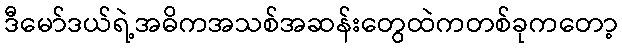
ဒီမော်ဒယ်ရဲ့အဓိကအသစ်အဆန်းတွေထဲကတစ်ခုကတော့